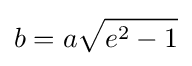
b=a{\sqrt {e^{2}-1}}